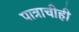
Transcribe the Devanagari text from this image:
पात्राचीही